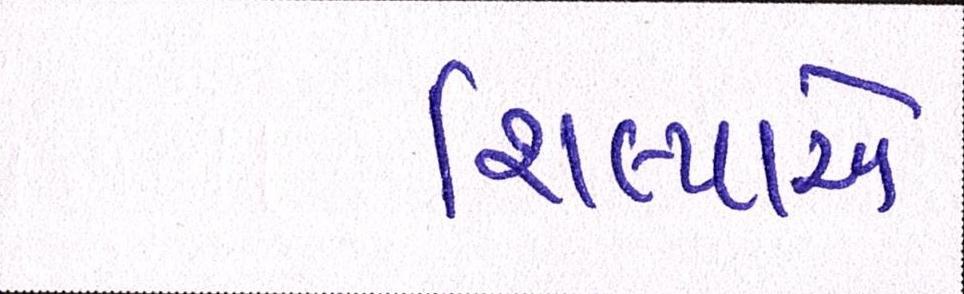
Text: શિલ્પાએ